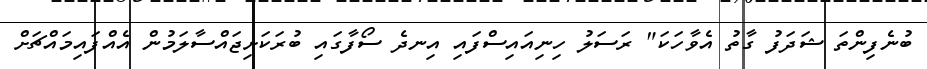
ބުނެފިންތަ ޝަދަފު ގާތު އެވާހަކަ" ރަސަލު ހިނިއައިސްފައި އިނދެ ސޯފާގައި ބުރަކަށިޖައްސާލަމުން އެއްފައިމައްޗަށް